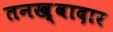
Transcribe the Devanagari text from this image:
तनख़्वादार